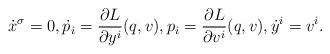
LaTeX: \begin{align*} \dot{x} ^\sigma = 0 , \dot{p} _i = \frac{ \partial L }{ \partial y ^i } ( q, v ) , p _i = \frac{ \partial L }{ \partial v ^i } ( q, v ) , \dot{y} ^i = v ^i .\end{align*}